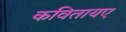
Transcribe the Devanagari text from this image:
कवितायए